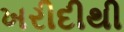
ખરીદીથી